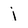
Character: j